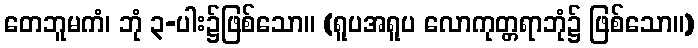
တေဘူမကံ၊ ဘုံ ၃-ပါး၌ဖြစ်သော။ (ရူပအရူပ လောကုတ္တရာဘုံ၌ ဖြစ်သော။)